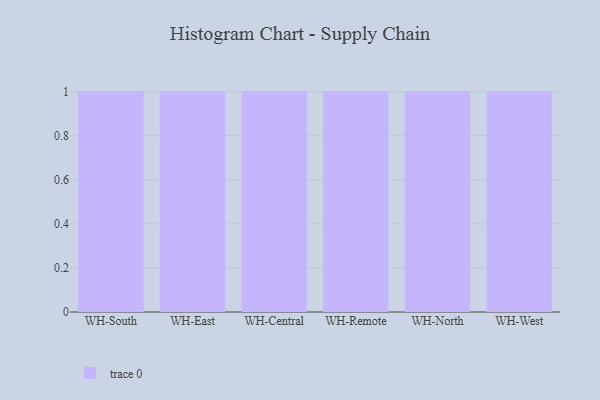
{"axis": {"x": "Warehouse", "y": "Net Income (USD K)"}, "legend": [""], "data": [{"x": "WH-South", "y": 89, "type": ""}, {"x": "WH-East", "y": 97, "type": ""}, {"x": "WH-Central", "y": 35, "type": ""}, {"x": "WH-Remote", "y": 47, "type": ""}, {"x": "WH-North", "y": 18, "type": ""}, {"x": "WH-West", "y": 67, "type": ""}]}